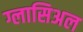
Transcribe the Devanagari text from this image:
ग्लासिअल